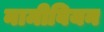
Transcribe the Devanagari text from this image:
नामीबियन